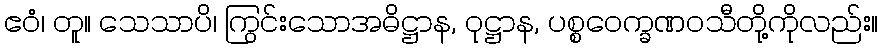
ဧဝံ၊ တူ။ သေသာပိ၊ ကြွင်းသောအဓိဋ္ဌာန, ဝုဋ္ဌာန, ပစ္စဝေက္ခဏဝသီတို့ကိုလည်း။